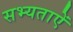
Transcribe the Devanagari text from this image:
सभ्यताऐं